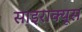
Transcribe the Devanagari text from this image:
साइराक्यूस